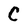
Character: C